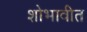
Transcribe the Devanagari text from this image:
शोभावीत